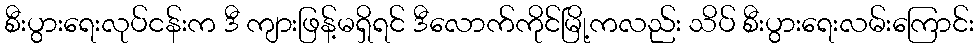
စီးပွားရေးလုပ်ငန်းက ဒီ ကျားဖြန့်မရှိရင် ဒီလောက်ကိုင်မြို့ကလည်း သိပ် စီးပွားရေးလမ်းကြောင်း